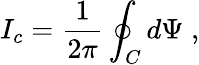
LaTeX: I_{c}=\frac{1}{2\pi}\oint_{C}d\Psi\; ,